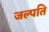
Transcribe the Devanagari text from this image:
जल्पति